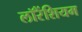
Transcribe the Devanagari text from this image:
लॉरेंशियम